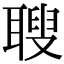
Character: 䏂